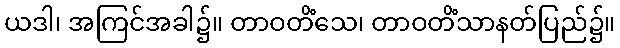
ယဒါ၊ အကြင်အခါ၌။ တာဝတိံသေ၊ တာဝတိံသာနတ်ပြည်၌။